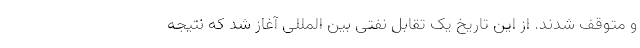
و متوقف شدند. از این تاریخ یک تقابل نفتی بین المللی آغاز شد که نتیجه